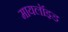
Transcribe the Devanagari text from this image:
मायलॉइड